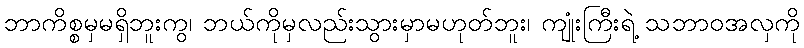
ဘာကိစ္စမှမရှိဘူးကွ၊ ဘယ်ကိုမှလည်းသွားမှာမဟုတ်ဘူး၊ ကျုံးကြီးရဲ့ သဘာဝအလှကို